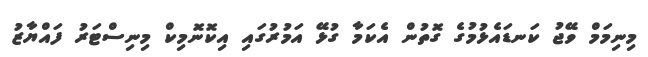
މިނިމަމް ވޭޖު ކަނޑައެޅުމުގެ ގޮތުން އެކަމާ ގުޅޭ އަމުރުގައި އިކޮނޮމިކް މިނިސްޓަރު ފައްޔާޒު